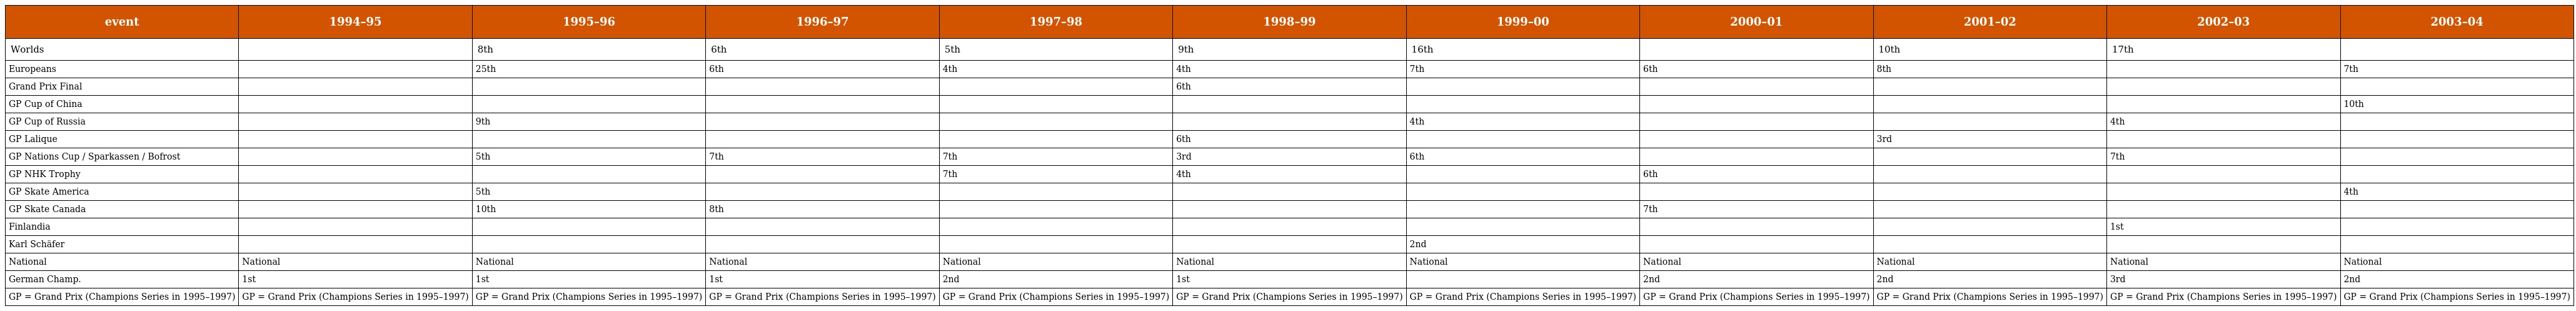
| event | 1994–95 | 1995–96 | 1996–97 | 1997–98 | 1998–99 | 1999–00 | 2000–01 | 2001–02 | 2002–03 | 2003–04 |
 | --- | --- | --- | --- | --- | --- | --- | --- | --- | --- | --- |
 | Worlds |  | 8th | 6th | 5th | 9th | 16th |  | 10th | 17th |  |
 | Europeans |  | 25th | 6th | 4th | 4th | 7th | 6th | 8th |  | 7th |
 | Grand Prix Final |  |  |  |  | 6th |  |  |  |  |  |
 | GP Cup of China |  |  |  |  |  |  |  |  |  | 10th |
 | GP Cup of Russia |  | 9th |  |  |  | 4th |  |  | 4th |  |
 | GP Lalique |  |  |  |  | 6th |  |  | 3rd |  |  |
 | GP Nations Cup / Sparkassen / Bofrost |  | 5th | 7th | 7th | 3rd | 6th |  |  | 7th |  |
 | GP NHK Trophy |  |  |  | 7th | 4th |  | 6th |  |  |  |
 | GP Skate America |  | 5th |  |  |  |  |  |  |  | 4th |
 | GP Skate Canada |  | 10th | 8th |  |  |  | 7th |  |  |  |
 | Finlandia |  |  |  |  |  |  |  |  | 1st |  |
 | Karl Schäfer |  |  |  |  |  | 2nd |  |  |  |  |
 | National | National | National | National | National | National | National | National | National | National | National |
 | German Champ. | 1st | 1st | 1st | 2nd | 1st |  | 2nd | 2nd | 3rd | 2nd |
 | GP = Grand Prix (Champions Series in 1995–1997) | GP = Grand Prix (Champions Series in 1995–1997) | GP = Grand Prix (Champions Series in 1995–1997) | GP = Grand Prix (Champions Series in 1995–1997) | GP = Grand Prix (Champions Series in 1995–1997) | GP = Grand Prix (Champions Series in 1995–1997) | GP = Grand Prix (Champions Series in 1995–1997) | GP = Grand Prix (Champions Series in 1995–1997) | GP = Grand Prix (Champions Series in 1995–1997) | GP = Grand Prix (Champions Series in 1995–1997) | GP = Grand Prix (Champions Series in 1995–1997) |